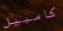
كامبيل